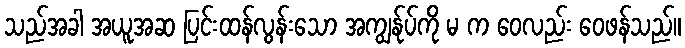
သည်အခါ အယူအဆ ပြင်းထန်လွန်းသော အကျွန်ုပ်ကို မ က ဝေလည်း ဝေဖန်သည်။